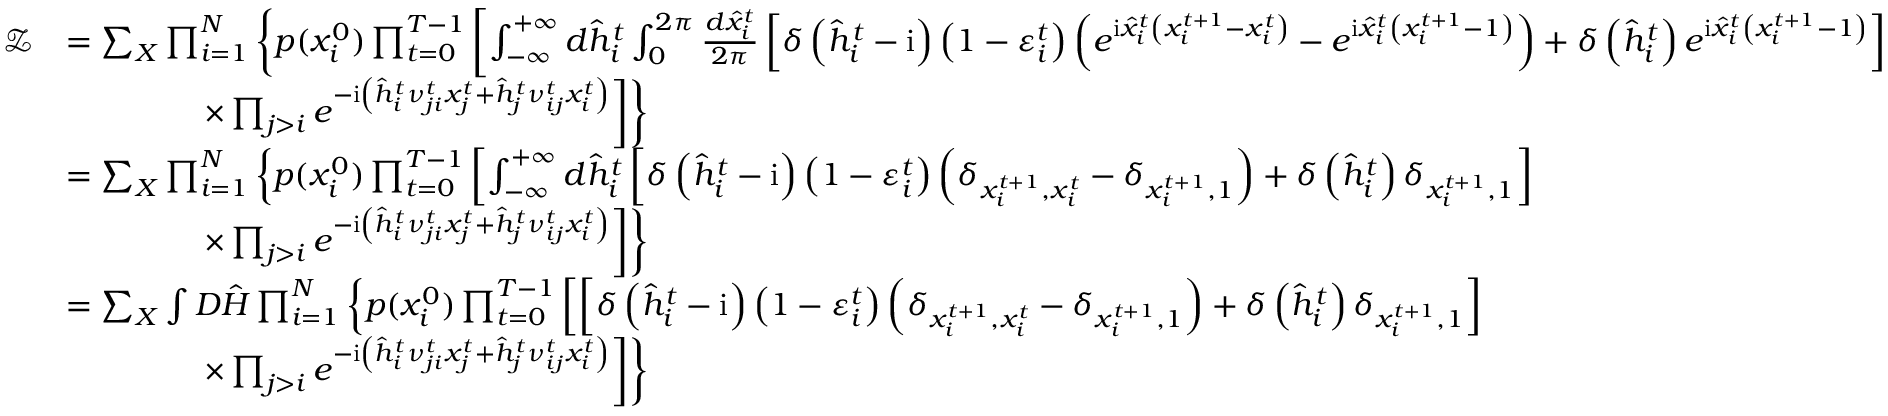
\begin{array} { r l } { \mathcal { Z } } & { = \sum _ { \boldsymbol { X } } \prod _ { i = 1 } ^ { N } \left\{ p ( x _ { i } ^ { 0 } ) \prod _ { t = 0 } ^ { T - 1 } \left[ \int _ { - \infty } ^ { + \infty } d \hat { h } _ { i } ^ { t } \int _ { 0 } ^ { 2 \pi } \frac { d \hat { x } _ { i } ^ { t } } { 2 \pi } \left[ \delta \left( \hat { h } _ { i } ^ { t } - \mathrm { i } \right) \left( 1 - \varepsilon _ { i } ^ { t } \right) \left( e ^ { \mathrm { i } \hat { x } _ { i } ^ { t } \left( x _ { i } ^ { t + 1 } - x _ { i } ^ { t } \right) } - e ^ { \mathrm { i } \hat { x } _ { i } ^ { t } \left( x _ { i } ^ { t + 1 } - 1 \right) } \right) + \delta \left( \hat { h } _ { i } ^ { t } \right) e ^ { \mathrm { i } \hat { x } _ { i } ^ { t } \left( x _ { i } ^ { t + 1 } - 1 \right) } \right] \right. \right. } \\ & { \left. \left. \qquad \qquad \times \prod _ { j > i } e ^ { - \mathrm { i } \left( \hat { h } _ { i } ^ { t } \nu _ { j i } ^ { t } x _ { j } ^ { t } + \hat { h } _ { j } ^ { t } \nu _ { i j } ^ { t } x _ { i } ^ { t } \right) } \right] \right\} } \\ & { = \sum _ { \boldsymbol { X } } \prod _ { i = 1 } ^ { N } \left\{ p ( x _ { i } ^ { 0 } ) \prod _ { t = 0 } ^ { T - 1 } \left[ \int _ { - \infty } ^ { + \infty } d \hat { h } _ { i } ^ { t } \left[ \delta \left( \hat { h } _ { i } ^ { t } - \mathrm { i } \right) \left( 1 - \varepsilon _ { i } ^ { t } \right) \left( \delta _ { x _ { i } ^ { t + 1 } , x _ { i } ^ { t } } - \delta _ { x _ { i } ^ { t + 1 } , 1 } \right) + \delta \left( \hat { h } _ { i } ^ { t } \right) \delta _ { x _ { i } ^ { t + 1 } , 1 } \right] \right. \right. } \\ & { \left. \left. \qquad \qquad \times \prod _ { j > i } e ^ { - \mathrm { i } \left( \hat { h } _ { i } ^ { t } \nu _ { j i } ^ { t } x _ { j } ^ { t } + \hat { h } _ { j } ^ { t } \nu _ { i j } ^ { t } x _ { i } ^ { t } \right) } \right] \right\} } \\ & { = \sum _ { \boldsymbol { X } } \int { D } \hat { \boldsymbol { H } } \prod _ { i = 1 } ^ { N } \left\{ p ( x _ { i } ^ { 0 } ) \prod _ { t = 0 } ^ { T - 1 } \left[ \left[ \delta \left( \hat { h } _ { i } ^ { t } - \mathrm { i } \right) \left( 1 - \varepsilon _ { i } ^ { t } \right) \left( \delta _ { x _ { i } ^ { t + 1 } , x _ { i } ^ { t } } - \delta _ { x _ { i } ^ { t + 1 } , 1 } \right) + \delta \left( \hat { h } _ { i } ^ { t } \right) \delta _ { x _ { i } ^ { t + 1 } , 1 } \right] \right. \right. } \\ & { \left. \left. \qquad \qquad \times \prod _ { j > i } e ^ { - \mathrm { i } \left( \hat { h } _ { i } ^ { t } \nu _ { j i } ^ { t } x _ { j } ^ { t } + \hat { h } _ { j } ^ { t } \nu _ { i j } ^ { t } x _ { i } ^ { t } \right) } \right] \right\} } \end{array}